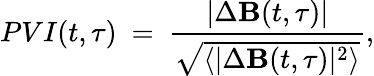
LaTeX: PVI(t,\tau)\ =\ \frac{|\Delta\textbf{B}(t,\tau)|}{\sqrt{\langle|\Delta\textbf{B}(t,\tau)|^{2}\rangle}},